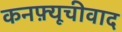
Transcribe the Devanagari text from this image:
कनफ़्यूचीवाद